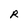
Character: R